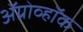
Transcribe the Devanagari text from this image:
ॲग्रोव्हॉक